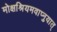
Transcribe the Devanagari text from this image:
मोक्षश्रियमवाप्नुयात्